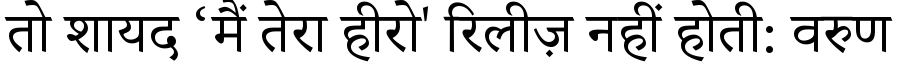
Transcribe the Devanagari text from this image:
तो शायद ‘मैं तेरा हीरो' रिलीज़ नहीं होती: वरुण